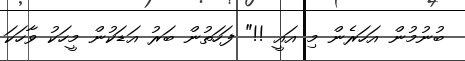
ބުނުމުން އަހަރެން މި އައީ !!" ފަހަތުން ބަރު އަޑަކުން މީހަކު ވާހަކަ